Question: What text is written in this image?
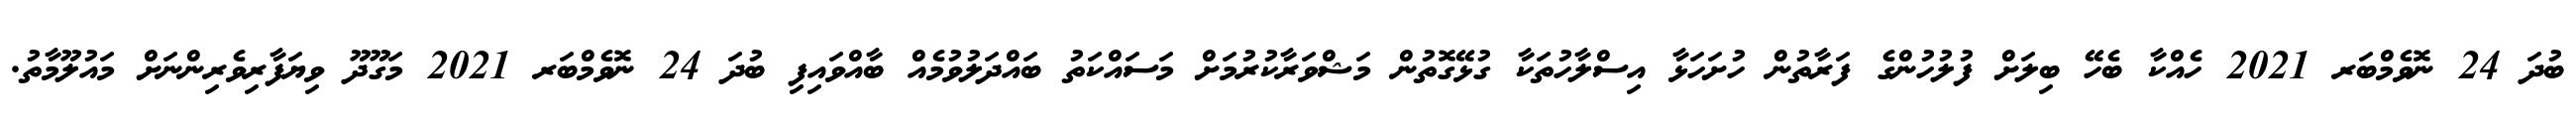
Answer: ބުދަ 24 ނޮވެމްބަރ 2021 ހެއްކާ ބެހޭ ބިލަށް ފުލުހުންގެ ފަރާތުން ހުށަހަޅާ އިސްލާހުތަކާ ގުޅޭގޮތުން މަޝްވަރާކުރުމަށް މަސައްކަތު ބައްދަލުވުމެއް ބާއްވައިފި ބުދަ 24 ނޮވެމްބަރ 2021 މަގޫދޫ ވިޔަފާރިވެރިންނަށް މައުލޫމާތު.